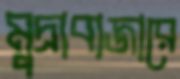
মুদ্রাবাজারে